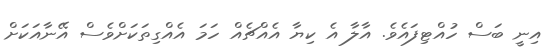
އިނީ ބަސް ހުއްޓިފައެވެ. އާލާ އެ ކިޔާ އެއްޗެއް ހަމަ އެއްގިތަކަށްވެސް އޭނާއަކަށް